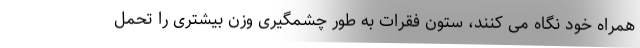
همراه خود نگاه می کنند، ستون فقرات به طور چشمگیری وزن بیشتری را تحمل